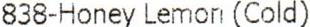
838-HONEY LEMON (COLD)